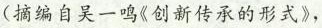
( 摘编自吴一鸣《创新传承的形式》，